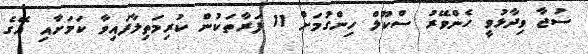
ސުޖާ ވިދާޅުވީ ހެންވޭރު ސްކޫލް ހިންގުމަށް 11 ފަރާތަކުން ކުރިމަތިލާފައިވާ ކަމަށާއި އޭގެ